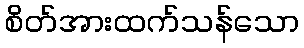
စိတ်အားထက်သန်သော